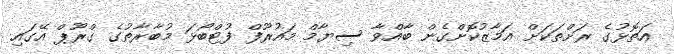
އަތޮޅުގެ ރަށްތަކަށް އަމާޒުކޮށްގެން ބާއްވާ ސިޔާމް މައުރޫފް ފުޓްބޯޅަ މުބާރާތުގެ ގްރޫޕް އޭގައި